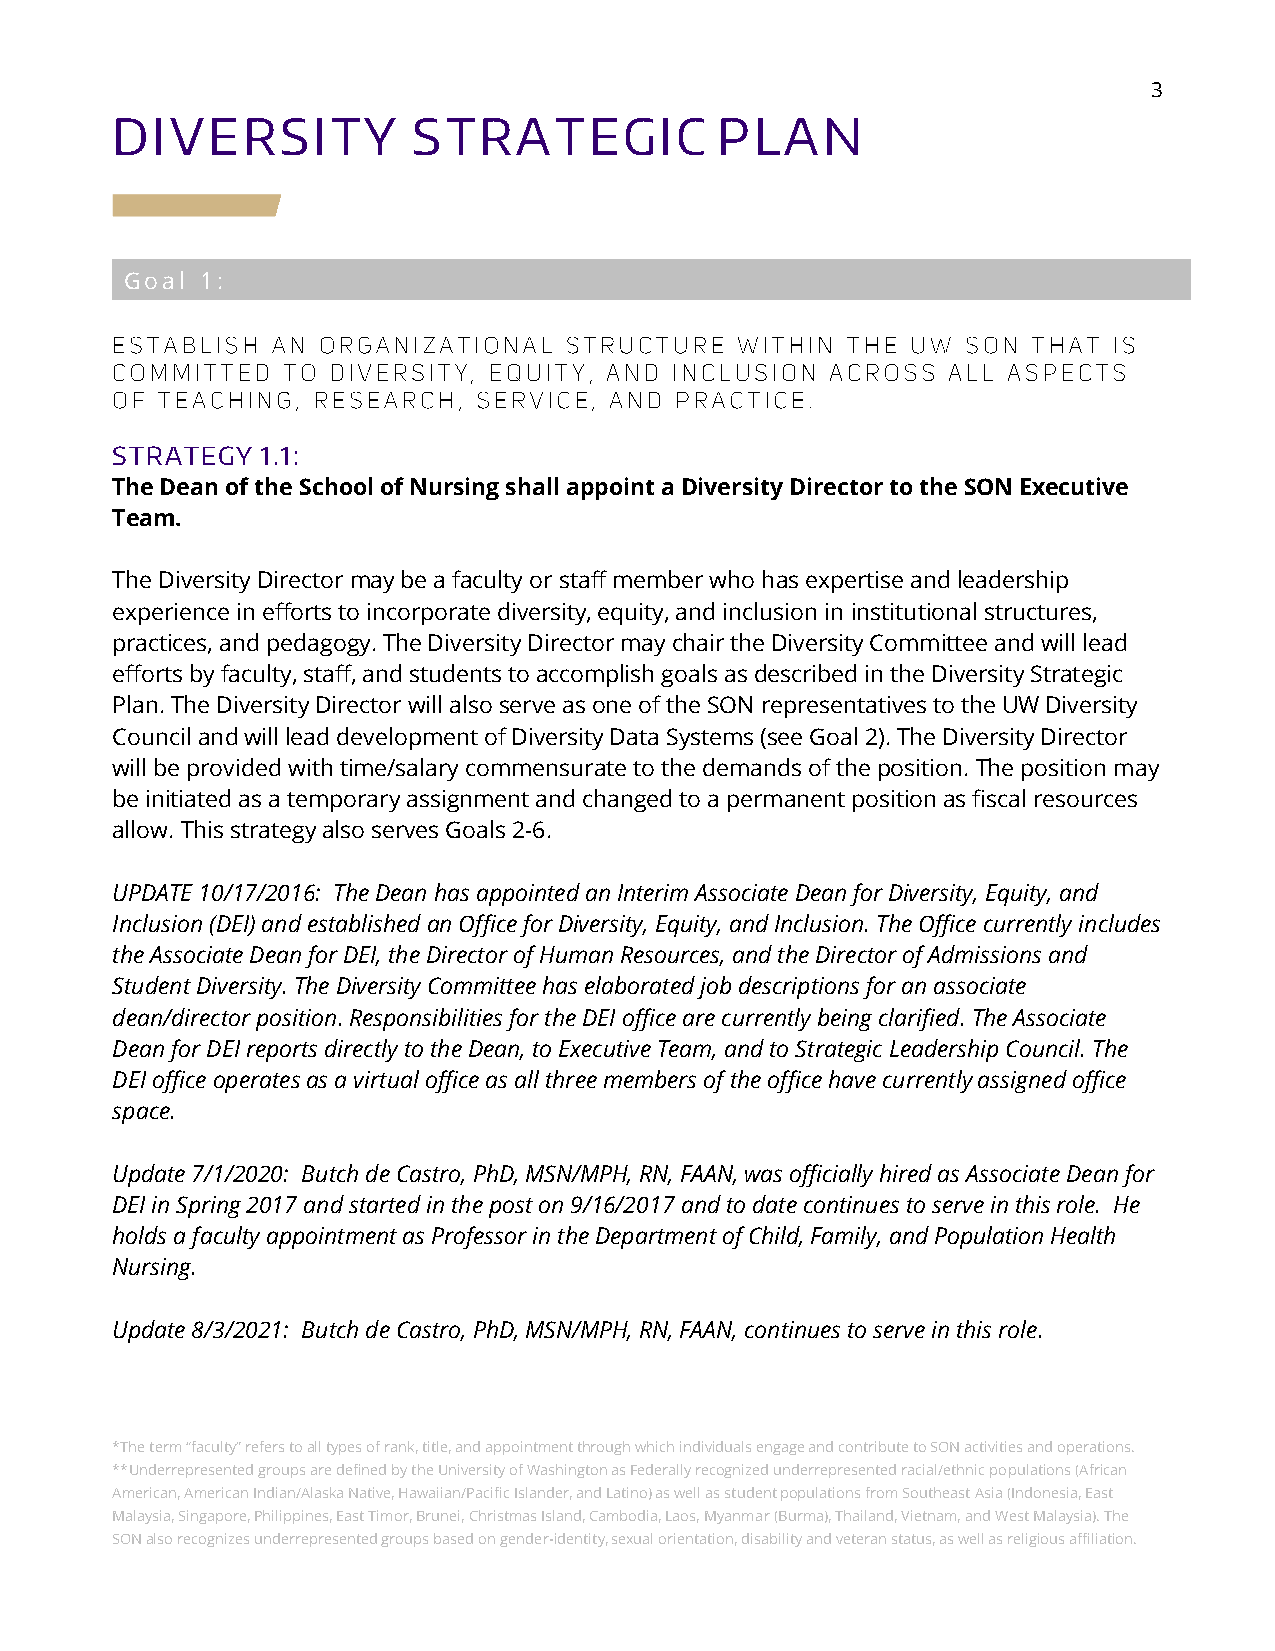
3
 DIVERSITY           STRATEGIC           PLAN
 Goal 1:
 STRATEGY  1.1:
 The Dean of the School of Nursing shall appoint a Diversity Director to the SON Executive
 Team.
 The Diversity Director may be a faculty or staff member who has expertise and leadership
 experience in efforts to incorporate diversity, equity, and inclusion in institutional structures,
 practices, and pedagogy. The Diversity Director may chair the Diversity Committee and will lead
 efforts by faculty, staff, and students to accomplish goals as described in the Diversity Strategic
 Plan. The Diversity Director will also serve as one of the SON representatives to the UW Diversity
 Council and will lead development of Diversity Data Systems (see Goal 2). The Diversity Director
 will be provided with time/salary commensurate to the demands of the position. The position may
 be initiated as a temporary assignment and changed to a permanent position as fiscal resources
 allow. This strategy also serves Goals 2-6.
 UPDATE 10/17/2016: The Dean has appointed an Interim Associate Dean for Diversity, Equity, and
 Inclusion (DEI) and established an Office for Diversity, Equity, and Inclusion. The Office currently includes
 the Associate Dean for DEI, the Director of Human Resources, and the Director of Admissions and
 Student Diversity. The Diversity Committee has elaborated job descriptions for an associate
 dean/director position. Responsibilities for the DEI office are currently being clarified. The Associate
 Dean for DEI reports directly to the Dean, to Executive Team, and to Strategic Leadership Council. The
 DEI office operates as a virtual office as all three members of the office have currently assigned office
 space.
 Update 7/1/2020: Butch de Castro, PhD, MSN/MPH, RN, FAAN, was officially hired as Associate Dean for
 DEI in Spring 2017 and started in the post on 9/16/2017 and to date continues to serve in this role. He
 holds a faculty appointment as Professor in the Department of Child, Family, and Population Health
 Nursing.
 Update 8/3/2021: Butch de Castro, PhD, MSN/MPH, RN, FAAN, continues to serve in this role.
 *The term “faculty” refers to all types of rank, title, and appointment through which individuals engage and contribute to SON activities and operations.
 **Underrepresented groups are defined by the University of Washington as Federally recognized underrepresented racial/ethnic populations (African
 American, American Indian/Alaska Native, Hawaiian/Pacific Islander, and Latino) as well as student populations from Southeast Asia (Indonesia, East
 Malaysia, Singapore, Philippines, East Timor, Brunei, Christmas Island, Cambodia, Laos, Myanmar (Burma), Thailand, Vietnam, and West Malaysia). The
 SON also recognizes underrepresented groups based on gender-identity, sexual orientation, disability and veteran status, as well as religious affiliation.